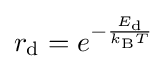
r_{\text{d}}=e^{-{\frac {E_{\text{d}}}{k_{\text{B}}T}}}